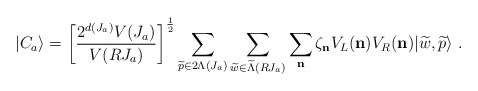
\begin{align*}\vert C_a\rangle= \left[{2^{d(J_a)}V(J_a)\over{V(RJ_a)}}\right]^{1\over 2} \sum_{{\widetilde p}\in 2\Lambda(J_a)} \sum_{{\widetilde w}\in{\widetilde\Lambda}(RJ_a)} \sum_{\bf n} \zeta_{\bf n} V_L({\bf n}) V_R({\bf n}) \vert {\widetilde w},{\widetilde p}\rangle~.\end{align*}